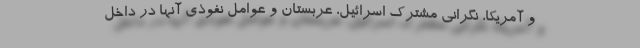
و آمریکا، نگرانی مشترک اسرائیل، عربستان و عوامل نفوذی آنها در داخل